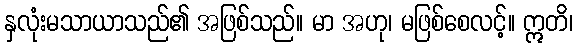
နှလုံးမသာယာသည်၏ အဖြစ်သည်။ မာ အဟု၊ မဖြစ်စေလင့်။ ဣတိ၊